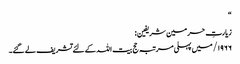
“
زیارتِ حرمین شریفین:
۱۹۶۶/ میں پہلی مرتبہ حج بیت اللہ کے لئے تشریف لے گئے۔